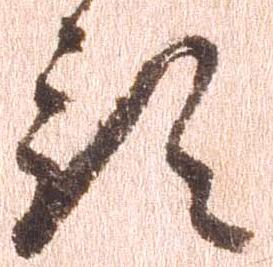
預